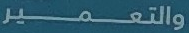
والتعمير